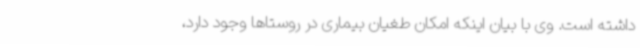
داشته است. وی با بیان اینکه امکان طغیان بیماری در روستاها وجود دارد،